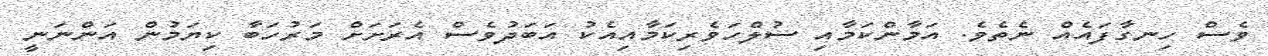
ވެސް ހިނގާފައެއް ނެތެވެ. އަމާންކަމާއި ސުލްހަވެރިކަމާއިއެކު އަބަދުވެސް އެރަށަށް މަރުހަބާ ކިޔަމުން އަންނަނީ